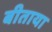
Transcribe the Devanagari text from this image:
बीताया